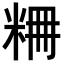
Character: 𥹤